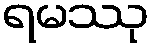
ရမဿု